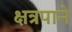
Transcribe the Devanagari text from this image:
क्षत्रपाने